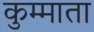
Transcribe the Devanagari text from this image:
कुम्माता